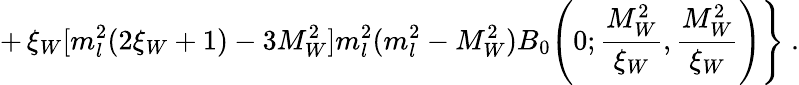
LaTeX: +\, \xi_{W}[m_{l}^{2}(2\xi_{W}+1)-3M_{W}^{2}]m_{l}^{2}(m_{l}^{2}-M_{W}^{2})B_{0}\Bigg(0;\frac{M_{W}^{2}}{\xi_{W}},\frac{M_{W}^{2}}{\xi_{W}}\Bigg)\Bigg\} \ .